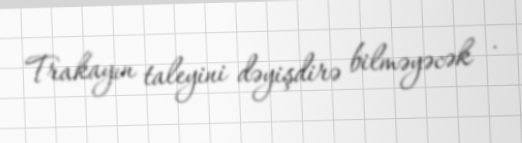
Trakayın taleyini dəyişdirə bilməyəcək .